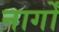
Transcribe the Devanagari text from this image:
नार्गों